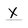
Character: x